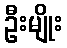
ဦးမျိုး